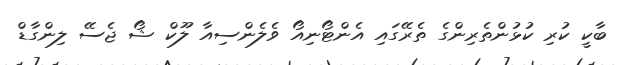
ބާކީ ކުރި ކުޅުންތެރިންގެ ތެރޭގައި އެންޓޯނިއޯ ވެލެންސިއާ ލޫކް ޝޯ ޖެސޭ ލިންގާޑް